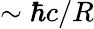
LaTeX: \sim\hbar c/R